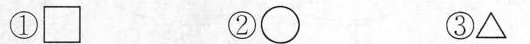
①\Box ② \bigcirc ③ \bigtriangleup